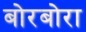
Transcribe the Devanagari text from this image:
बोरबोरा